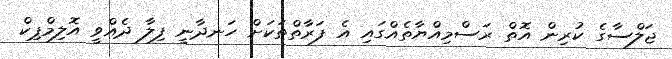
ޖަލްސާގެ ކުރިން އޮޮތް ރަސްމިއްޔާތެއްގައި އެ ފަރާތްތަކަށް ހަނދާނީ ފިލާ ދެއްވީ އޮލިމްޕިކް